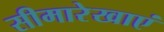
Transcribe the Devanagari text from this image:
सीमारेखाएं